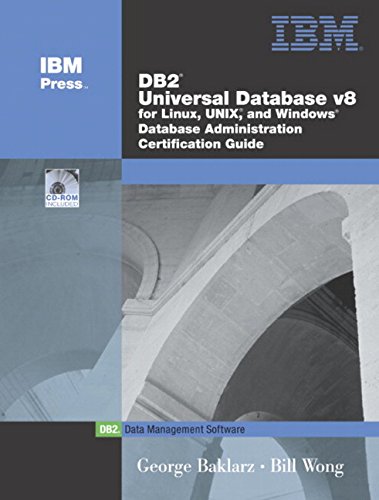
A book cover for DB2 Universal Database V8 for Linux, UNIX, and Windows Database Administration Certification Guide (5th Edition); George Baklarz; Computers & Technology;